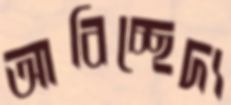
আবিচ্ছেদ্য